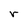
Character: r